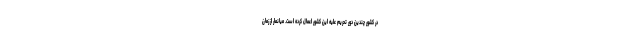
در کشور چندین دور تحریم علیه این کشور اعمال کرده است. میانمار از زمان